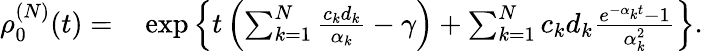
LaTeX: \begin{array}{rl}{\rho_{0}^{(N)}(t)=}&{{}\exp\left\{ t\left(\sum_{k=1}^{N}\frac{c_{k}d_{k}}{\alpha_{k}}-\gamma\right)+\sum_{k=1}^{N}c_{k}d_{k}\frac{e^{-\alpha_{k}t}-1}{\alpha_{k}^{2}}\right\} .}\end{array}